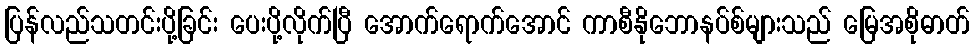
ပြန်လည်သတင်းပို့ခြင်း ပေးပို့လိုက်ပြီ အောက်ရောက်အောင် ကာစီနိုဘောနပ်စ်များသည် မြေအစိုဓာတ်